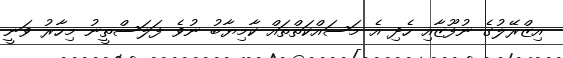
އިޒްރޭލުގެ ނުފޫޒާއި ހެދި އެ މަސައްކަތްތައް ކާމިޔާބު ނުވެ ފަލަސްތީނު މިހާރު ވަނީ